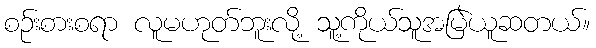
စဉ်းစားစရာ လူမဟုတ်ဘူးလို့ သူ့ကိုယ်သူအမြဲယူဆတယ်။